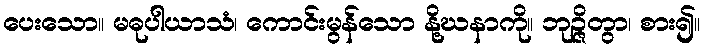
ပေးသော။ မဓုပါယာသံ၊ ကောင်းမွန်သော နို့ဃနာကို။ ဘုဉ္ဇိတွာ၊ စား၍။